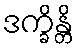
ဒက္ခိန္တိ